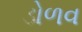
ડોળવ